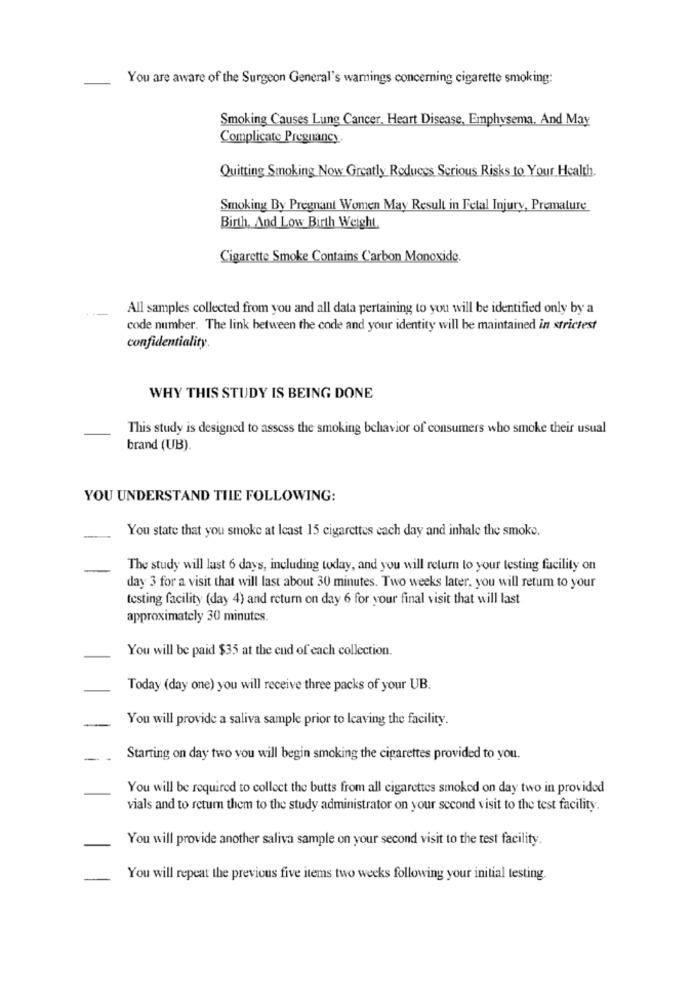
You are aware of the Surgeon General's wamings concerning cigarette smoking:
Smoking Causes Lung Cancer, Heart Disease, Emphysema, And May
Complicate Pregnancy.
Quitting Smoking Now Greatly Reduces Serious Risks to Your Health.
Smoking By Pregnant Women May Result in Fetal Injury, Premature
Birth, And Low Birth Weight
Cigarette Smoke Contains Carbon Monoxide.
All samples collected from you and all data pertaining to you will be identified only by a
code number. The link between the code and your identity will be maintained in strictest
confidentiality.
WHY THIS STUDY IS BEING DONE
This study is designed to assess the smoking behavior of consumers who smoke their usual
brand (UB).
YOU UNDERSTAND THE FOLLOWING:
You state that you smoke at least 15 cigarettes each day and inhale the smoke.
The study will last 6 days, including today, and you will return to your testing facility on
day 3 for a visit that will last about 30 minutes. Two weeks later, you will retum to your
testing facility (day 4) and return on day 6 for your final visit that will last
approximately 30 minutes.
You will be paid $35 at the end of each collection.
Today (day one) you will receive three packs of your UB.
You will provide a saliva sample prior to leaving the facility.
Starting on day two you will begin smoking the cigarettes provided to you.
You will be required to collect the butts from all cigarettes smoked on day two in provided
vials and to return them to the study administrator on your second visit to the test facility.
You will provide another saliva sample on your second visit to the test facility.
You will repeat the previous five items two weeks following your initial testing.